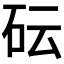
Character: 𥐯